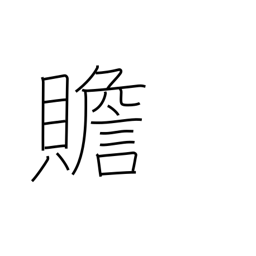
Meaning: add to